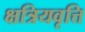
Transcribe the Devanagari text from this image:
क्षत्रियवृत्ति